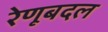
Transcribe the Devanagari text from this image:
रेणूबदल